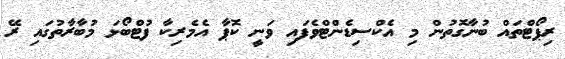
ރިޕޯޓްތައް ބުނާގޮތުން މި އެކްސިޑެންޓްވެފައި ވަނީ ކޮޕާ އެމެރިކާ ފުޓްބޯޅަ މުބާރާތުގައި ރޭ